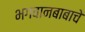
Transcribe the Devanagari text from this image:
भगवानबाबाचे